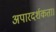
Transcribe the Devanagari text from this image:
अपारदर्शकता।